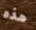
هذه